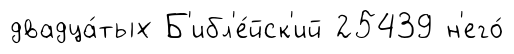
двадца́тых Б'ибл'е́йск'ий 25439 н'его́